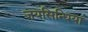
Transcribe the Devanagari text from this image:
जयसिन्धिया